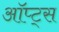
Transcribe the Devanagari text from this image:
ऑप्ट्स